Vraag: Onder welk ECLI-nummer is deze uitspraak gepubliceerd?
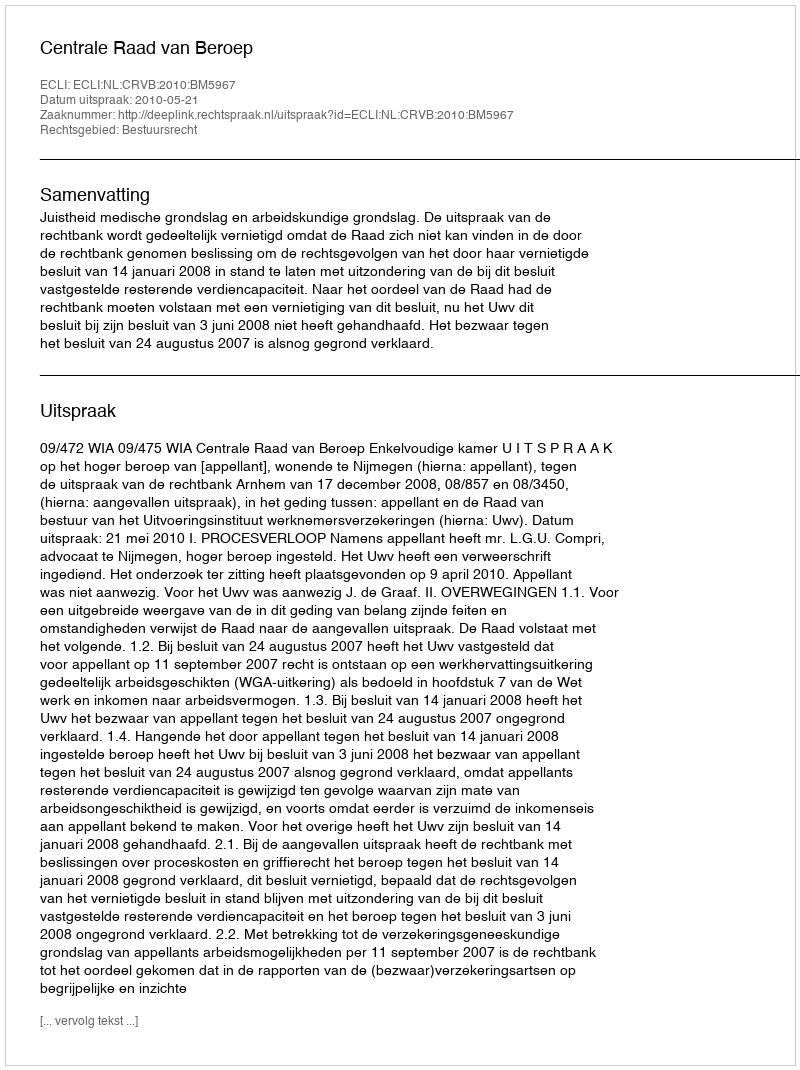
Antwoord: ECLI:NL:CRVB:2010:BM5967